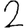
Digit: 2